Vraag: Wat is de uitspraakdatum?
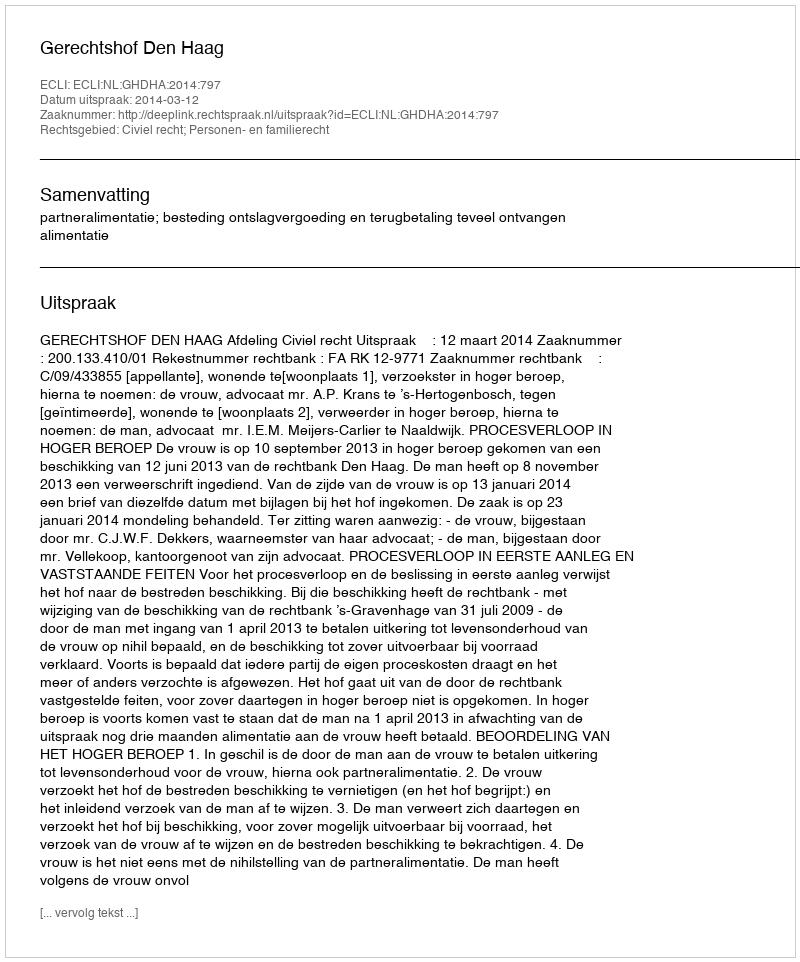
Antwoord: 2014-03-12